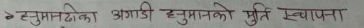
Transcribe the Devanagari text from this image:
१ हनुमानढोका अगाडि हनुमानको मूर्ति स्थापना